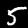
Label: 5